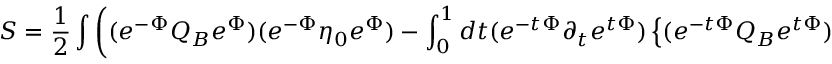
S = \frac { 1 } { 2 } \int \left( ( e ^ { - \Phi } Q _ { B } e ^ { \Phi } ) ( e ^ { - \Phi } \eta _ { 0 } e ^ { \Phi } ) - \int _ { 0 } ^ { 1 } d t ( e ^ { - t \Phi } \partial _ { t } e ^ { t \Phi } ) \left\{ ( e ^ { - t \Phi } Q _ { B } e ^ { t \Phi } ) , ( e ^ { - t \Phi } \eta _ { 0 } e ^ { t \Phi } ) \right\} \right) \ .